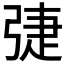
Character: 𢏵